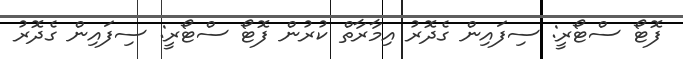
ފޮޓޯ ސްޓޯރީ: ސިފައިން ގެދޮރު އިމާރާތް ކުރުން ފޮޓޯ ސްޓޯރީ: ސިފައިން ގެދޮރު